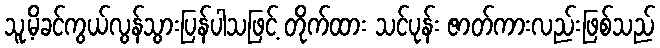
သူ့မိခင်ကွယ်လွန်သွားပြန်ပါသဖြင့် တိုက်ထား သင်ပုန်း ဇာတ်ကားလည်းဖြစ်သည်